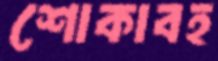
শোকাবহ